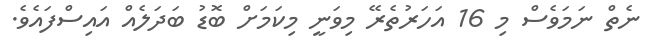
ނެތް ނަމަވެސް މި 16 އަހަރުތެރޭ މިވަނީ މިކަމަށް ބޮޑު ބަދަލެއް އައިސްފައެވެ.